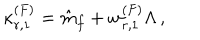
LaTeX: \kappa _ { r , 1 } ^ { ( F ) } = \hat { m } _ { f } + w _ { r , 1 } ^ { ( F ) } \Lambda \, ,